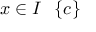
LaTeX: x \in I \setminus \{ c \}